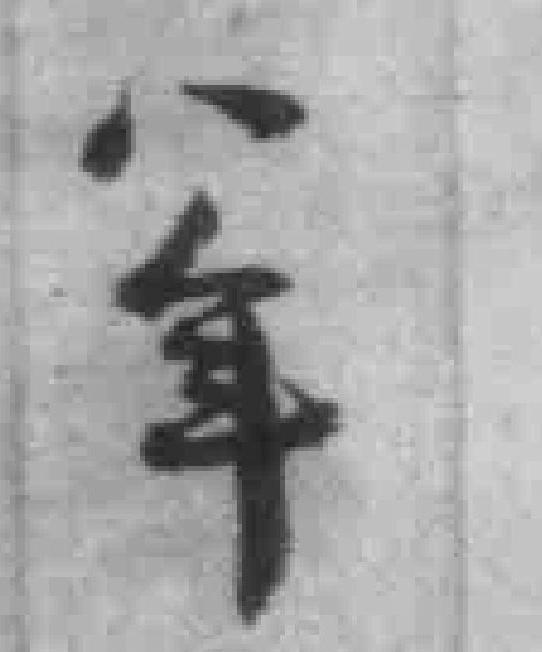
八年